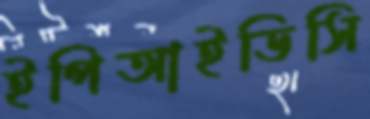
ইপিআইডিসি